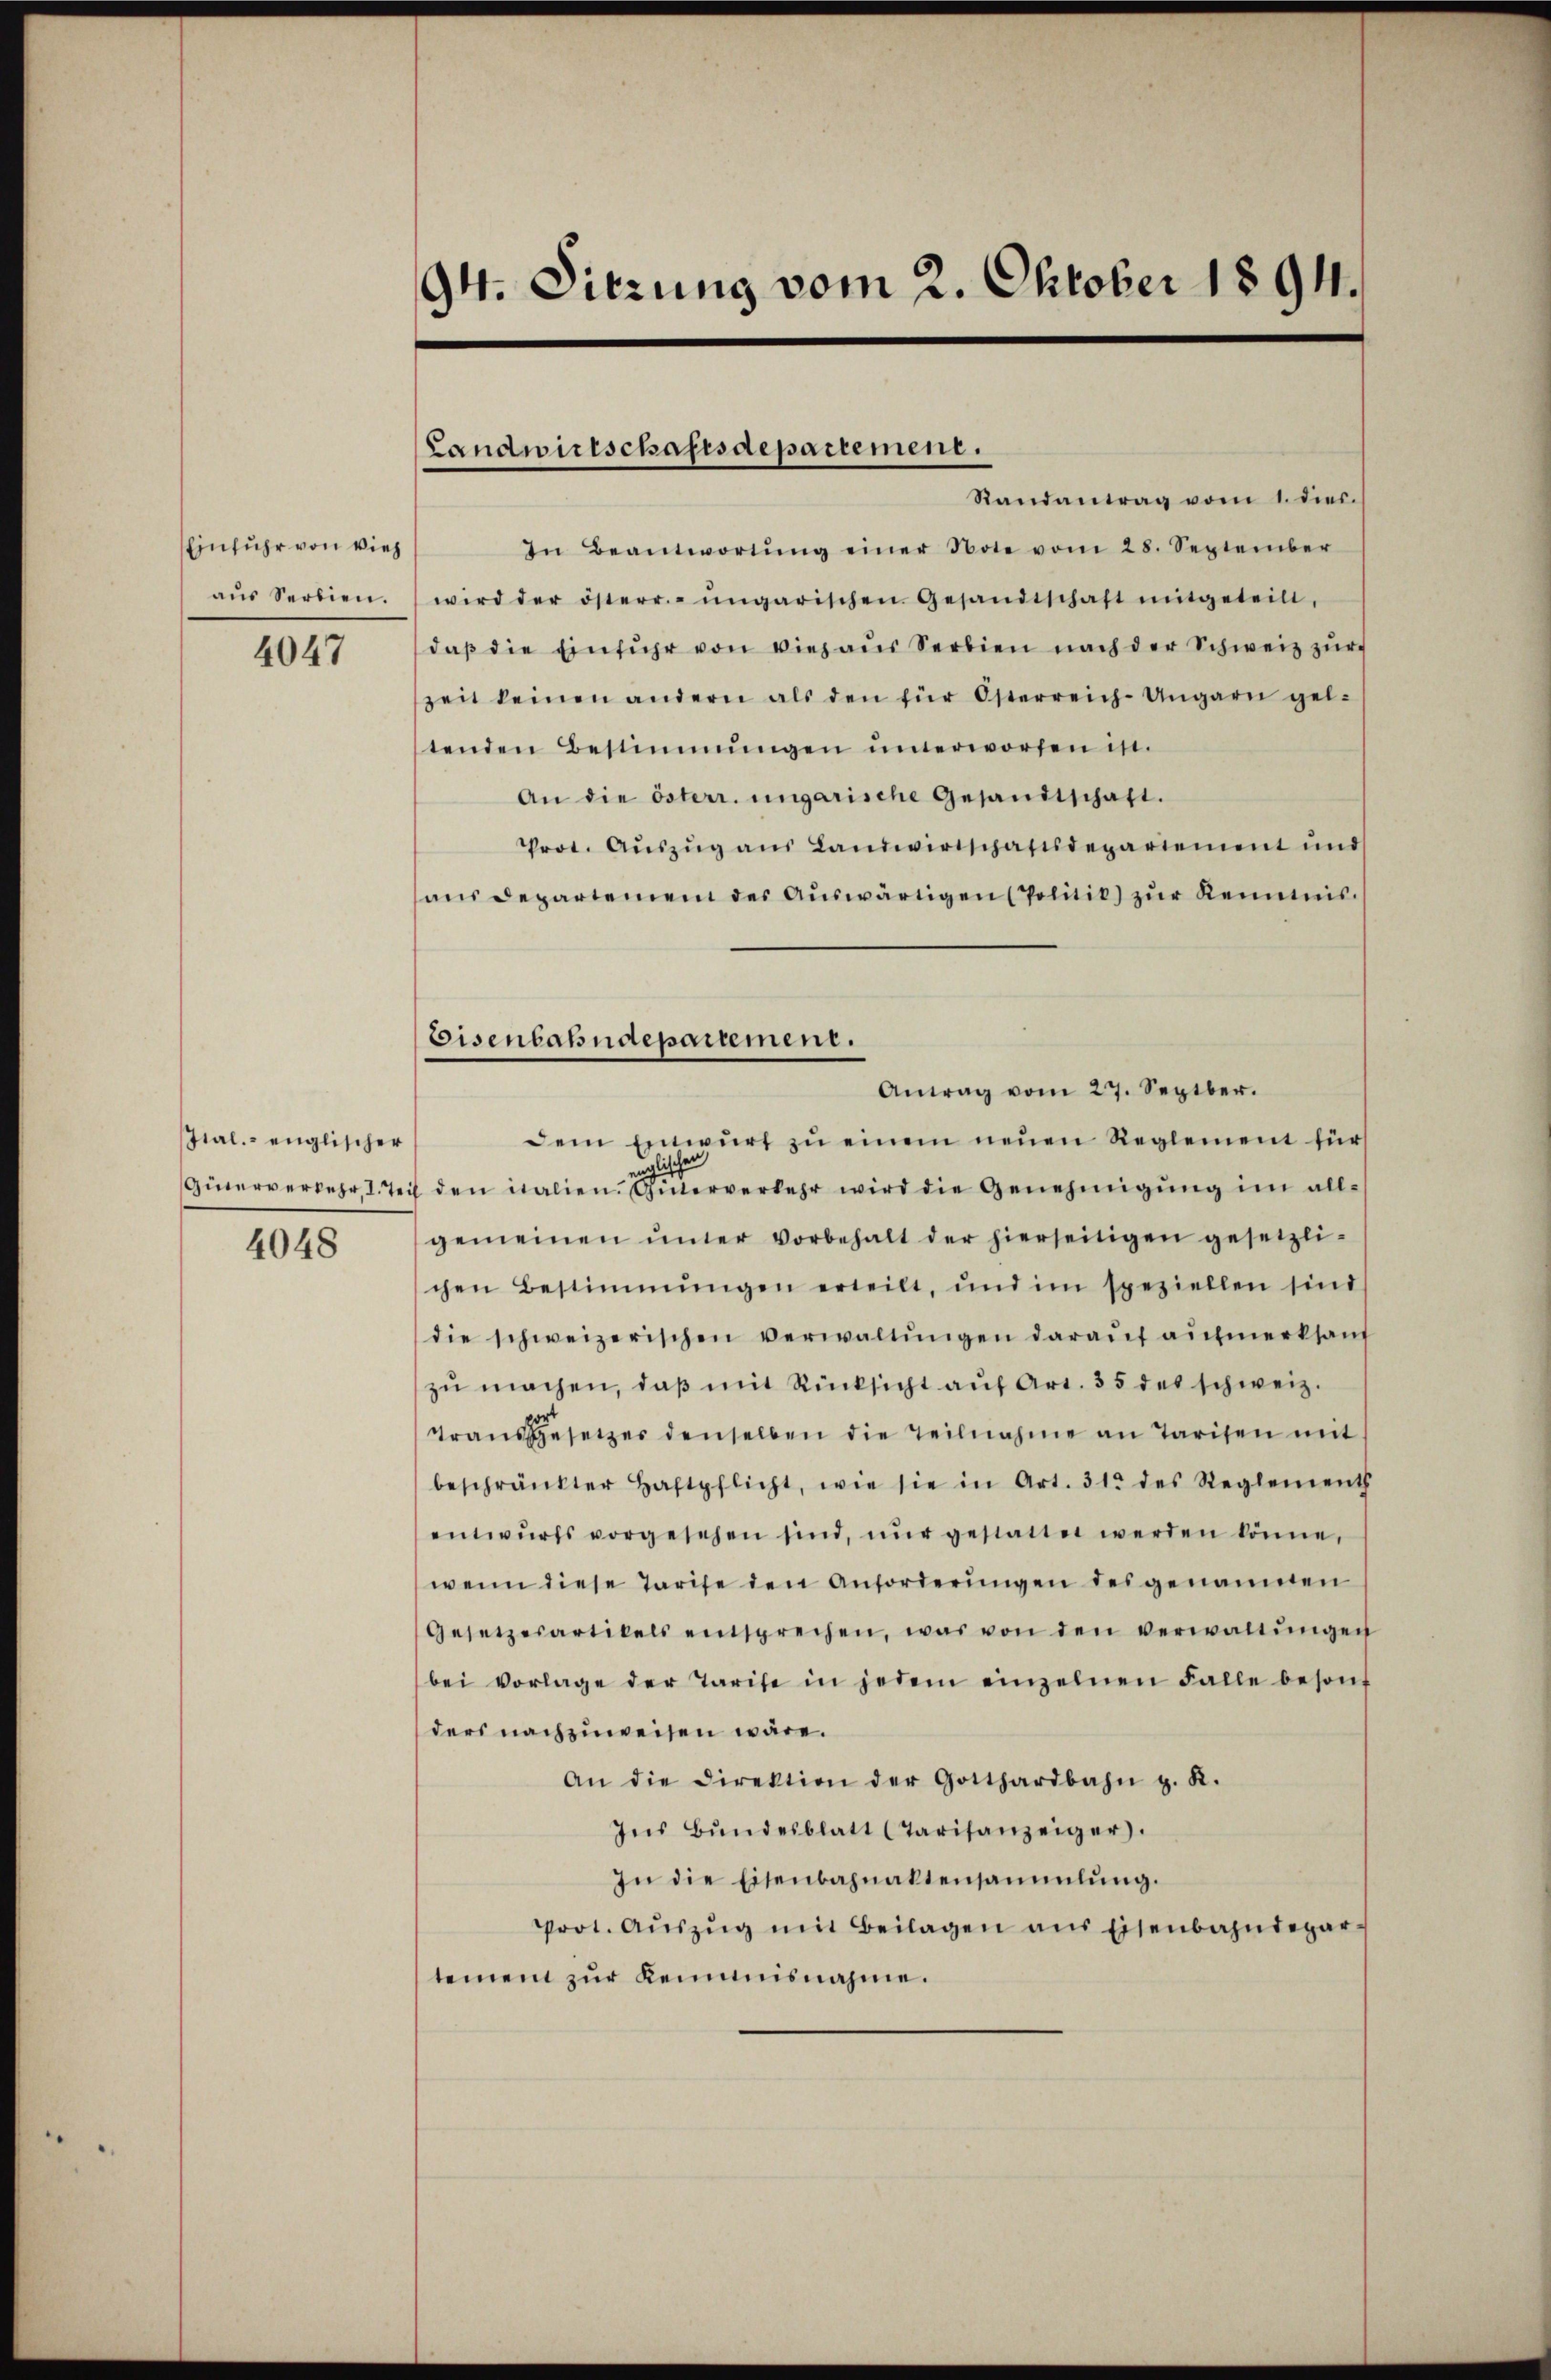
Einfuhr von viel
aus Serbien.

4047

Ital. englischer
Güterverkehr, I. Teil

4048

94. Sitzung vom 2. Oktober 1894.

Landwirtschaftsdepartemene.

Eisenbahndepartement.

Randantrag vom 1. diec.
In Beantwortŭng einer Note vom 28. September
wird der österr.-ungarischen Gesandtschaft mitgeteilt,
daβ die Einführ von vieraus Serbien nach der Schweiz zur
zeit keinen andern als den für Österreich-Ungarn gel-
tenden Bestimmungen unterworfen in
An die österr. ungarische Gesandtschaft.
Prot. Aŭszŭg ans Landwirtschaftsdepariement und
aus departemen des Auswärtigen (Politik) zur Kenntnis.
Antrag vom 27. Septbr.
dem Einwŭrf zŭ einem neŭen Reglement für
glischen
den italien. Güterverkehr wird die Genehmigung im allgemeinen ŭnter vorbehalt der hierseitigen gesetzli-
chen Bestimmungen erteilt, und im speziellen sind
die schweizerischen Verwaltŭngen daraŭf aŭfmerksam
zŭ machen, daβ mit Rücksicht aŭf Art. 35 des schweiz.
Traŭsgesetzer denselben die Teilnahme an Tarifen mit
beschränkter Haftpflicht, wie sie in Art. 312 des Reglement
entwŭrfs vorgesehen sind, nŭr gestattet werden könne,
wenn diese Tarife den Anforderungen des genannten
Gesetzesartikels entsprechen, was von den verwaltŭngen
bei vorlage der Tarife in jedem einzelnen Falle besond
ders nachzuweisen wäre.
An die Direktion der Gotthardbahn z. K.
Ins Bŭndesblatt (Tarisanzeiger.
In die Eisenbahnaktensammlung.
Prot. Aŭszŭg mit Beilagen ans Eisenbahndepar-
temen zur Keimisnahme.